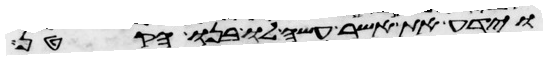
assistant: וידע את אשר עשה לו בנו הקטן